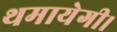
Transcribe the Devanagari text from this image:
थमायेगी।